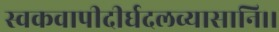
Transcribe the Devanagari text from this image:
स्वकवापीदीर्घदलव्यासानि।।